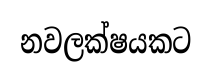
නවලක්ෂයකට